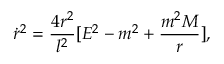
\dot { r } ^ { 2 } = \frac { 4 r ^ { 2 } } { l ^ { 2 } } [ E ^ { 2 } - m ^ { 2 } + \frac { m ^ { 2 } { \cal M } } { r } ] ,